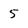
Character: 5